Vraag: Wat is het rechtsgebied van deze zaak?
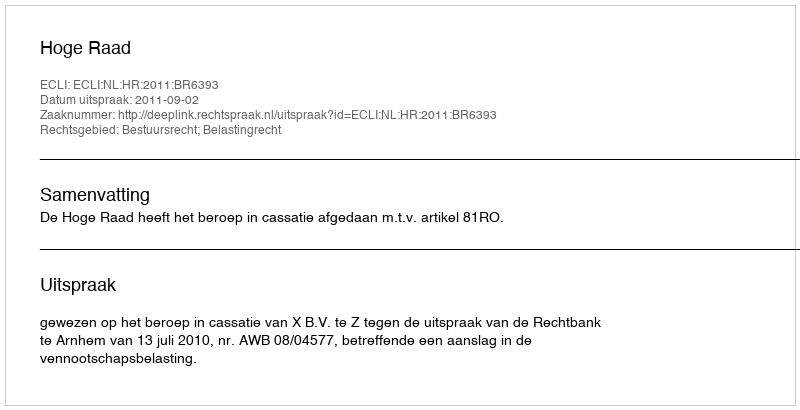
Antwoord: Bestuursrecht; Belastingrecht